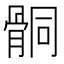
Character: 𩩅